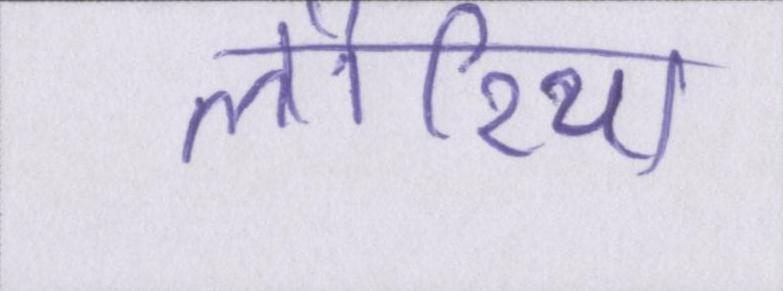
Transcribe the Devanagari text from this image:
लौरिया